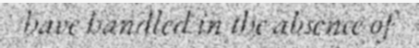
have handled in the absence of